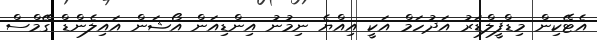
އެޓޭކިން މިޑްފީލްޑަރު އަދުހަމް އަކީ އިއްޔެ ނިމުނު އިންޑިއަން އޯޝަން އައިލެންޑް ގޭމްސް